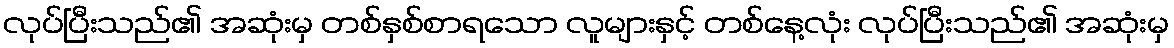
လုပ်ပြီးသည်၏ အဆုံးမှ တစ်နှစ်စာရသော လူများနှင့် တစ်နေ့လုံး လုပ်ပြီးသည်၏ အဆုံးမှ